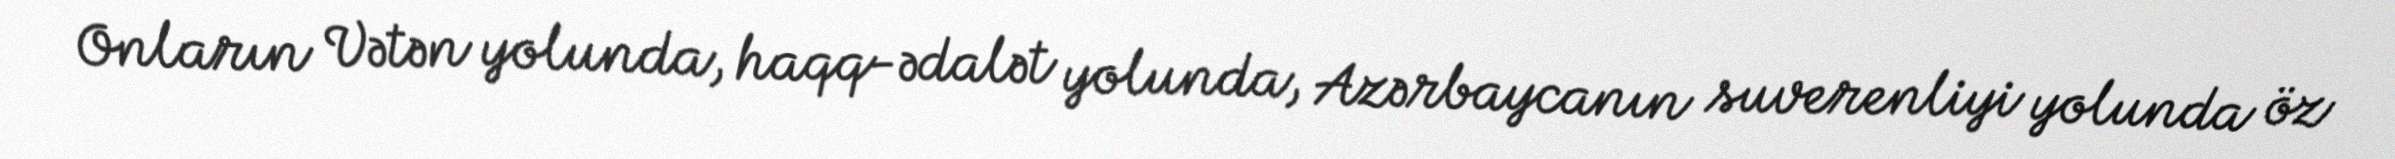
Onların Vətən yolunda, haqq-ədalət yolunda, Azərbaycanın suverenliyi yolunda öz